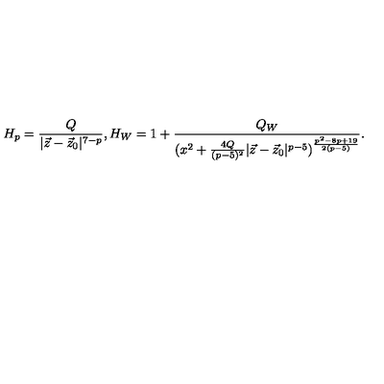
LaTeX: H _ { p } = { \frac { Q } { | \vec { z } - \vec { z } _ { 0 } | ^ { 7 - p } } } , H _ { W } = 1 + { \frac { Q _ { W } } { ( x ^ { 2 } + { \frac { 4 Q } { ( p - 5 ) ^ { 2 } } } | \vec { z } - \vec { z } _ { 0 } | ^ { p - 5 } ) ^ { \frac { p ^ { 2 } - 8 p + 1 9 } { 2 ( p - 5 ) } } } } .